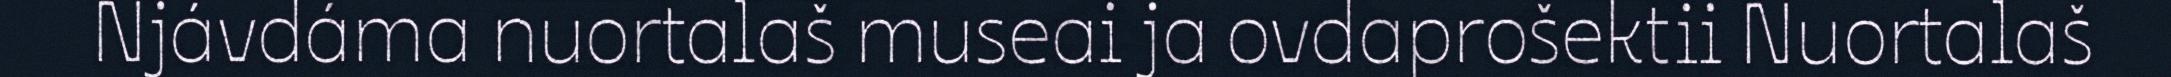
Njávdáma nuortalaš museai ja ovdaprošektii Nuortalaš